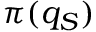
\pi ( q _ { S } )